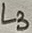
Text: L3